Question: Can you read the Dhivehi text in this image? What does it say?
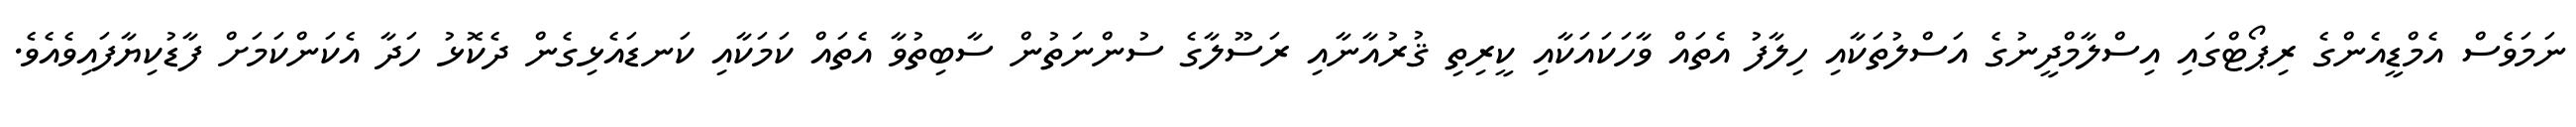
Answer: ނަމަވެސް އެމްޑީއެންގެ ރިޕޯޓްގައި އިސްލާމްދީނުގެ އަސްލުތަކާއި ހިލާފު އެތައް ވާހަކައަކާއި ކީރިތި ޤުރުއާނާއި ރަސޫލާގެ ސުންނަތުން ސާބިތުވާ އެތައް ކަމަކާއި ކަނޑައެޅިގެން ދެކޮޅު ހަދާ އެކަންކަމަށް ފާޑުކިޔާފައިވެއެވެ.